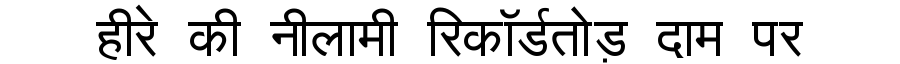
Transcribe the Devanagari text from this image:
हीरे की नीलामी रिकॉर्डतोड़ दाम पर